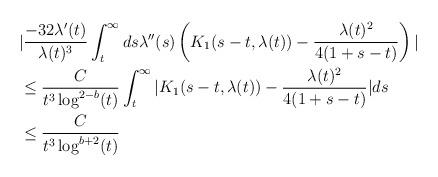
LaTeX: \begin{align*} &|\frac{-32 \lambda'(t)}{\lambda(t)^{3}} \int_{t}^{\infty} ds \lambda''(s) \left(K_{1}(s-t,\lambda(t))-\frac{\lambda(t)^{2}}{4(1+s-t)}\right)|\\&\leq \frac{C}{t^{3} \log^{2-b}(t)} \int_{t}^{\infty} |K_{1}(s-t,\lambda(t))-\frac{\lambda(t)^{2}}{4(1+s-t)}| ds\\&\leq \frac{C}{t^{3} \log^{b+2}(t)}\end{align*}